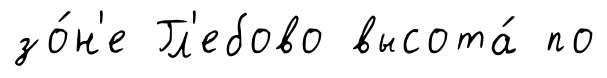
зо́н'е Гл'ебово высота́ по